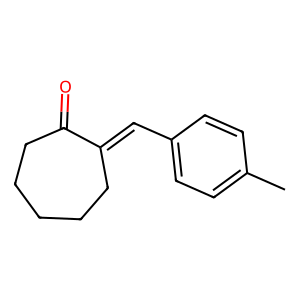
SMILES: Cc1ccc(C=C2CCCCCC2=O)cc1
Inhibits HIV replication: No